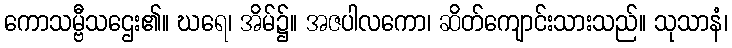
ကောသမ္ဗီသဌေး၏။ ဃရေ၊ အိမ်၌။ အဇပါလကော၊ ဆိတ်ကျောင်းသားသည်။ သုသာနံ၊